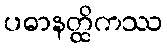
ပဓာနတ္ထိကဿ